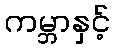
ကမ္ဘာနှင့်